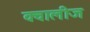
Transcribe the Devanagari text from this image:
क्वालीज